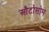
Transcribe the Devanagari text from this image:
औटोसोम